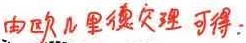
由欧几里得定理可得：